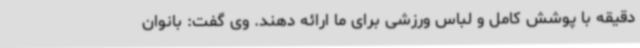
دقیقه با پوشش کامل و لباس ورزشی برای ما ارائه دهند. وی گفت: بانوان